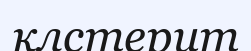
клстерит